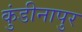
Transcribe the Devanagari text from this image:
कुंडीनापुर